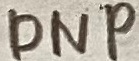
Text: DNP